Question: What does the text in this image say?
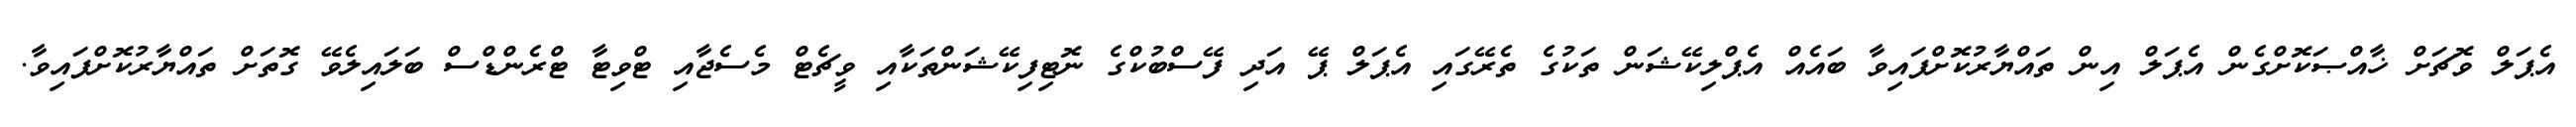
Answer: އެޕަލް ވޮޗަށް ޚާއްޞަކޮށްގެން އެޕަލް އިން ތައްޔާރުކޮށްފައިވާ ބައެއް އެޕްލިކޭޝަން ތަކުގެ ތެރޭގައި އެޕަލް ޕޭ އަދި ފޭސްބުކްގެ ނޮޓިފިކޭޝަންތަކާއި ވީޗެޓް މެސެޖާއި ޓްވިޓާ ޓްރެންޑްސް ބަލައިލެވޭ ގޮތަށް ތައްޔާރުކޮށްފައިވާ.